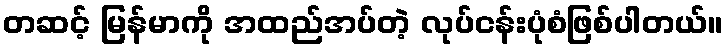
တဆင့် မြန်မာကို အထည်အပ်တဲ့ လုပ်ငန်းပုံစံဖြစ်ပါတယ်။